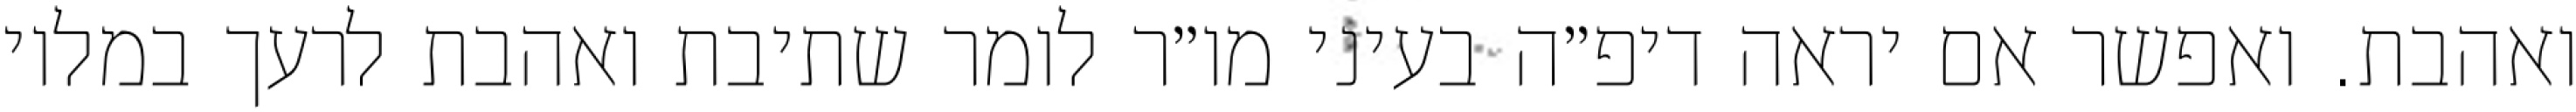
ואהבת. ואפשר אם יראה דיפ״ה בעיני מו״ר לומר שתיבת ואהבת לרעך במלוי